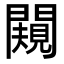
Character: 闚